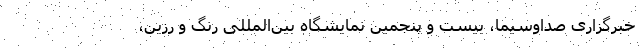
خبرگزاری صداوسیما، بیست و پنجمین نمایشگاه بین‌المللی رنگ و رزین،